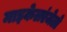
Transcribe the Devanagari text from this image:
माइकेलएंजेलो